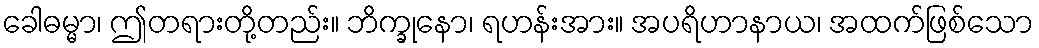
ခေါဓမ္မာ၊ ဤတရားတို့တည်း။ ဘိက္ခုနော၊ ရဟန်းအား။ အပရိဟာနာယ၊ အထက်ဖြစ်သော